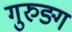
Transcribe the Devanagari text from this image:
गुरुङ्ग